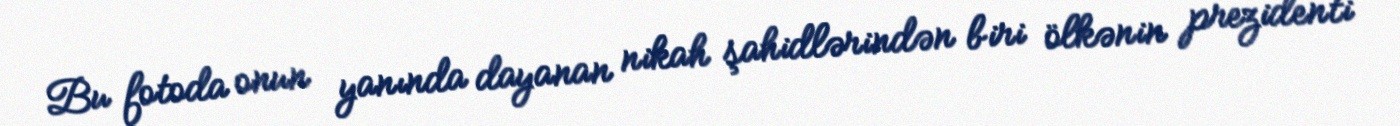
Bu fotoda onun yanında dayanan nikah şahidlərindən biri ölkənin prezidenti